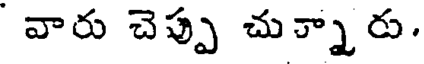
వారు చెప్పు చుక్నారు.